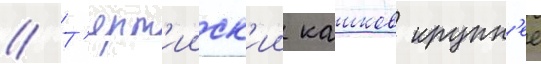
// Т'ерт'ииск'ии кашков крупн'ее